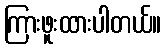
ကြားဖူးထားပါတယ်။